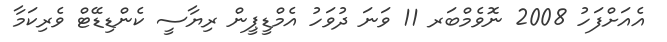
އެއަށްފަހު 2008 ނޮވެމްބަރ 11 ވަނަ ދުވަހު އެމްޑީޕީން ރިޔާސީ ކެންޑިޑޭޓް ވެރިކަމާ